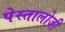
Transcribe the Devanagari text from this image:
पेस्तालोजी